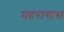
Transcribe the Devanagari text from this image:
महरागास